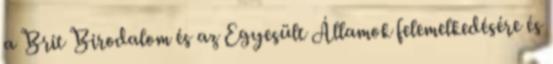
a Brit Birodalom és az Egyesült Államok felemelkedésére és